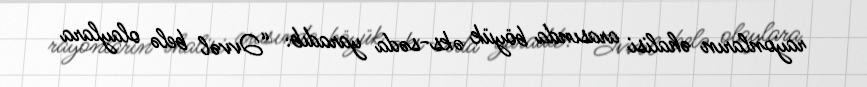
rayonların əhalisi arasında böyük əks-səda yaradıb: “Əvvəl belə olaylara